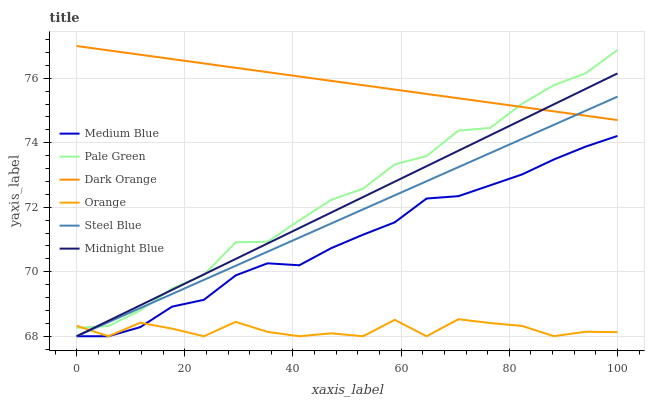
| xaxis_label | Medium Blue | Pale Green | Dark Orange | Orange | Steel Blue | Midnight Blue |
 | --- | --- | --- | --- | --- | --- | --- |
 | 0 | 68 | 68.3 | 77 | 68.3 | 68 | 68 |
 | 5.88 | 68 | 68.3 | 76.9 | 68 | 68.4 | 68.5 |
 | 11.8 | 68.3 | 68.8 | 76.7 | 68.4 | 68.9 | 69 |
 | 17.6 | 68.9 | 69.5 | 76.6 | 68.2 | 69.3 | 69.4 |
 | 23.5 | 69.1 | 69.9 | 76.5 | 68 | 69.7 | 69.9 |
 | 29.4 | 69.9 | 70.9 | 76.3 | 68.4 | 70.2 | 70.4 |
 | 35.3 | 70.3 | 70.9 | 76.2 | 68.1 | 70.6 | 70.9 |
 | 41.2 | 70.2 | 71.6 | 76.1 | 68 | 71.1 | 71.4 |
 | 47.1 | 70.7 | 72.2 | 75.9 | 68.1 | 71.5 | 71.8 |
 | 52.9 | 71.1 | 72.6 | 75.8 | 68 | 71.9 | 72.3 |
 | 58.8 | 71.5 | 73.3 | 75.6 | 68.5 | 72.4 | 72.8 |
 | 64.7 | 72.3 | 73.6 | 75.5 | 68 | 72.8 | 73.3 |
 | 70.6 | 72.3 | 74.4 | 75.4 | 68.5 | 73.2 | 73.8 |
 | 76.5 | 72.7 | 74.5 | 75.2 | 68.4 | 73.7 | 74.2 |
 | 82.4 | 73 | 75.2 | 75.1 | 68.3 | 74.1 | 74.7 |
 | 88.2 | 73.5 | 75.8 | 75 | 68 | 74.6 | 75.2 |
 | 94.1 | 73.9 | 76.2 | 74.8 | 68.1 | 75 | 75.7 |
 | 100 | 74.2 | 76.9 | 74.7 | 68.1 | 75.4 | 76.1 |